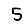
Digit: 5